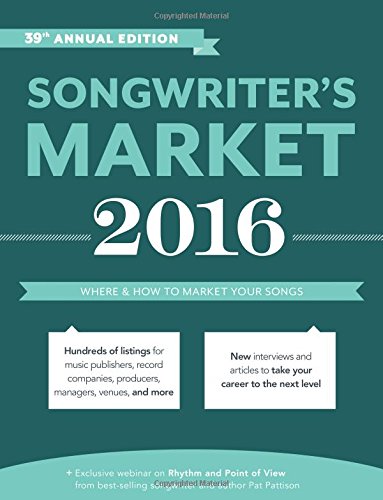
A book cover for Songwriter's Market 2016: Where & How to Market Your Songs; Arts & Photography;